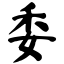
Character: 委